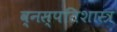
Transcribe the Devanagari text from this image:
व्नस्पतिशास्त्र